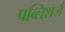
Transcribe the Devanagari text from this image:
पब्लिशर्ज